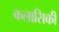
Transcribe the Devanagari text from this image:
कलासिकी